Investigations into the jail dietaries of the United Provinces with some observations on the influence of dietary on the physical development and well-being of the people of the United Provinces - Number 48
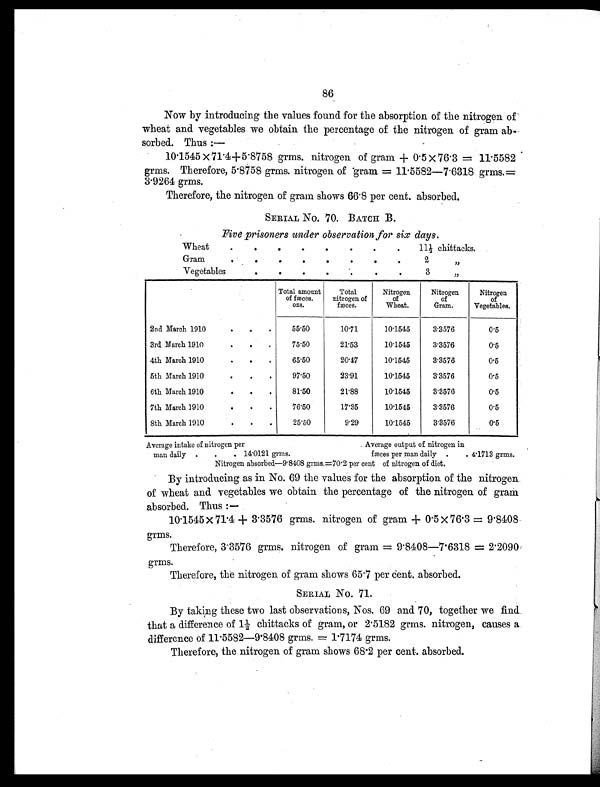
86
Now by introducing the values found for the absorption of the nitrogen of
wheat and vegetables we obtain the percentage of the nitrogen of gram ab-
sorbed. Thus :—
10.1545 ×71.4+5.8758 grms. nitrogen of gram + 0.5 × 76.3 = 11.5582
grms. Therefore, 5.8758 grms. nitrogen of gram = 11.5582—7.6318 grms.=
3.9264 grms.
Therefore, the nitrogen of grain shows 66.8 per cent. absorbed.
SERIAL No. 70. BATCH B.
Five prisoners under observation for six days.
Wheat
.
.
.
.
.
.
. .
11½ chittacks.
Gram
. .
.
.
.
.
.
.
2
„
Vegetables
.
.
.
.
.
.
. 3
„
Total amount
of fæces.
ozs.
Total
nitrogen of
fæces.
Nitrogen
of
Wheat.
Nitrogen
of
Gram.
Nitrogen
of
vegetables.
2nd March 1910
.
.
.
55.50
10.71
10.1545
3.3576
0.5
3rd March 1910
.
.
.
75.50
21.53
10.1545
3.3576
0.5
4th March 1910
.
.
.
65.50
20.47
10.1545
3.3576
0.5
5th March 1910
.
.
.
97.50
23.91
10.1545
3.3576
0.5
6th March 1910
.
.
.
81.50
21.88
10.1545
3.3576
0.5
7th March 1910
.
.
.
76.50
17.35
10.1545
3.3576
0.5
8th March 1910
.
.
.
25.50
9.29
10.1545
3.3576
0.5
Average intake of nitrogen per
Average output of nitrogen in
man daily .
.
. 14.0121 grms.
fæces per man daily .
. 4.1713 grms.
Nitrogen absorbed—9 .8408 grms.=70.2 per cent of nitrogen of diet.
By introducing as in No. 69 the values for the absorption of the nitrogen
of wheat and vegetables we obtain the percentage of the nitrogen of gram
absorbed. Thus :—
10.1545 × 71.4 + 3.3576 grms. nitrogen of gram + 0.5 × 76.3 = 9.8408
grms.
Therefore, 3.3576 grms. nitrogen of gram = 9.8408—7.6318 = 2.2090
grms.
Therefore, the nitrogen of gram shows 65.7 per cent. absorbed.
SERIAL No. 71.
By taking these two last observations, Nos. 69 and 70, together we find
that a difference of 1½ chittacks of gram, or 2.5182 grms. nitrogen, causes a
difference of 11.5582—9.8408 grms. = 1.7174 grms.
Therefore, the nitrogen of gram shows 68.2 per cent. absorbed.